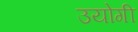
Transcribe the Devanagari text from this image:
उयोगी